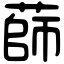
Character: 蒒